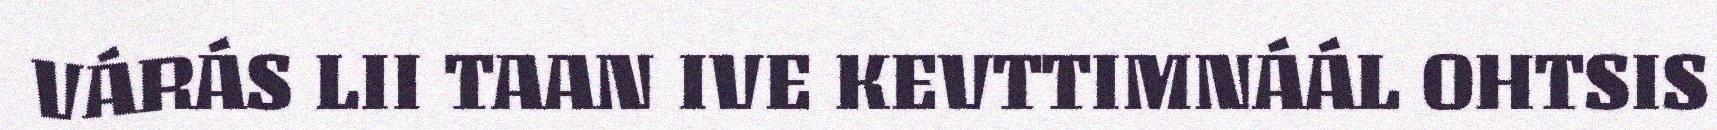
VÁRÁS LII TAAN IVE KEVTTIMNÁÁL OHTSIS